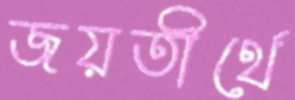
জয়তীর্থে